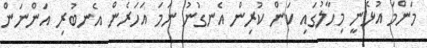
މަންމަ އުޅެނީ މިހާލުގައި ކަން ކުރިން އެނގުނު ނަމަ އަހަރެން އެނބުރި އަންނަން